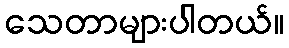
သေတာများပါတယ်။